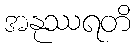
အနုဿရတိ